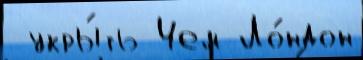
 укры́ть Чем Ло́ндон